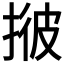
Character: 𢯏